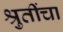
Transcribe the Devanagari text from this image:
श्रुतींचा